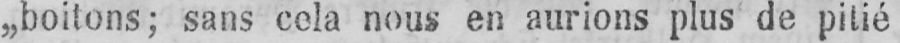
„boitons; sans cola nous en aurions plus de pitié